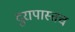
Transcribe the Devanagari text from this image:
दुरापास्तच